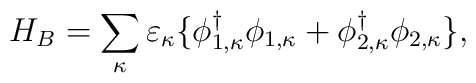
H_B=\sum_{\kappa}\varepsilon_{\kappa}\{\phi_{1,\kappa}^{\dagger}\phi_{1,\kappa}+\phi_{2,\kappa}^{\dagger}\phi_{2,\kappa}\},